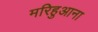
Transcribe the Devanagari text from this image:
मरिहुआना